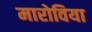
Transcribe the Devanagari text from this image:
मारोविया